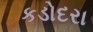
કડોદરા